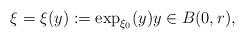
LaTeX: \begin{align*}\xi=\xi(y):=\exp_{\xi_{0}}(y)y\in B(0,r),\end{align*}